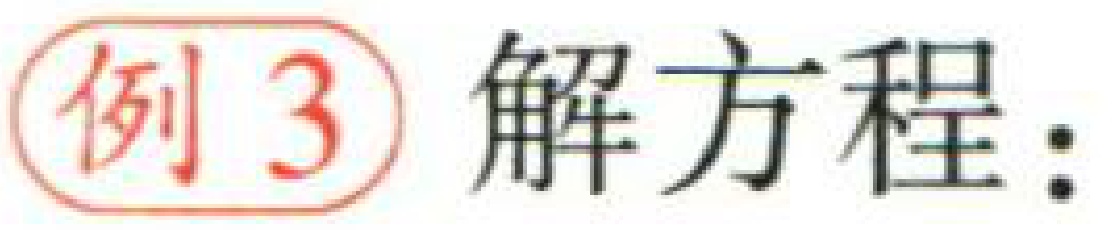
例 3 解方程：